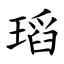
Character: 瑫